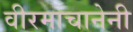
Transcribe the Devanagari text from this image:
वीरमाचानेनी